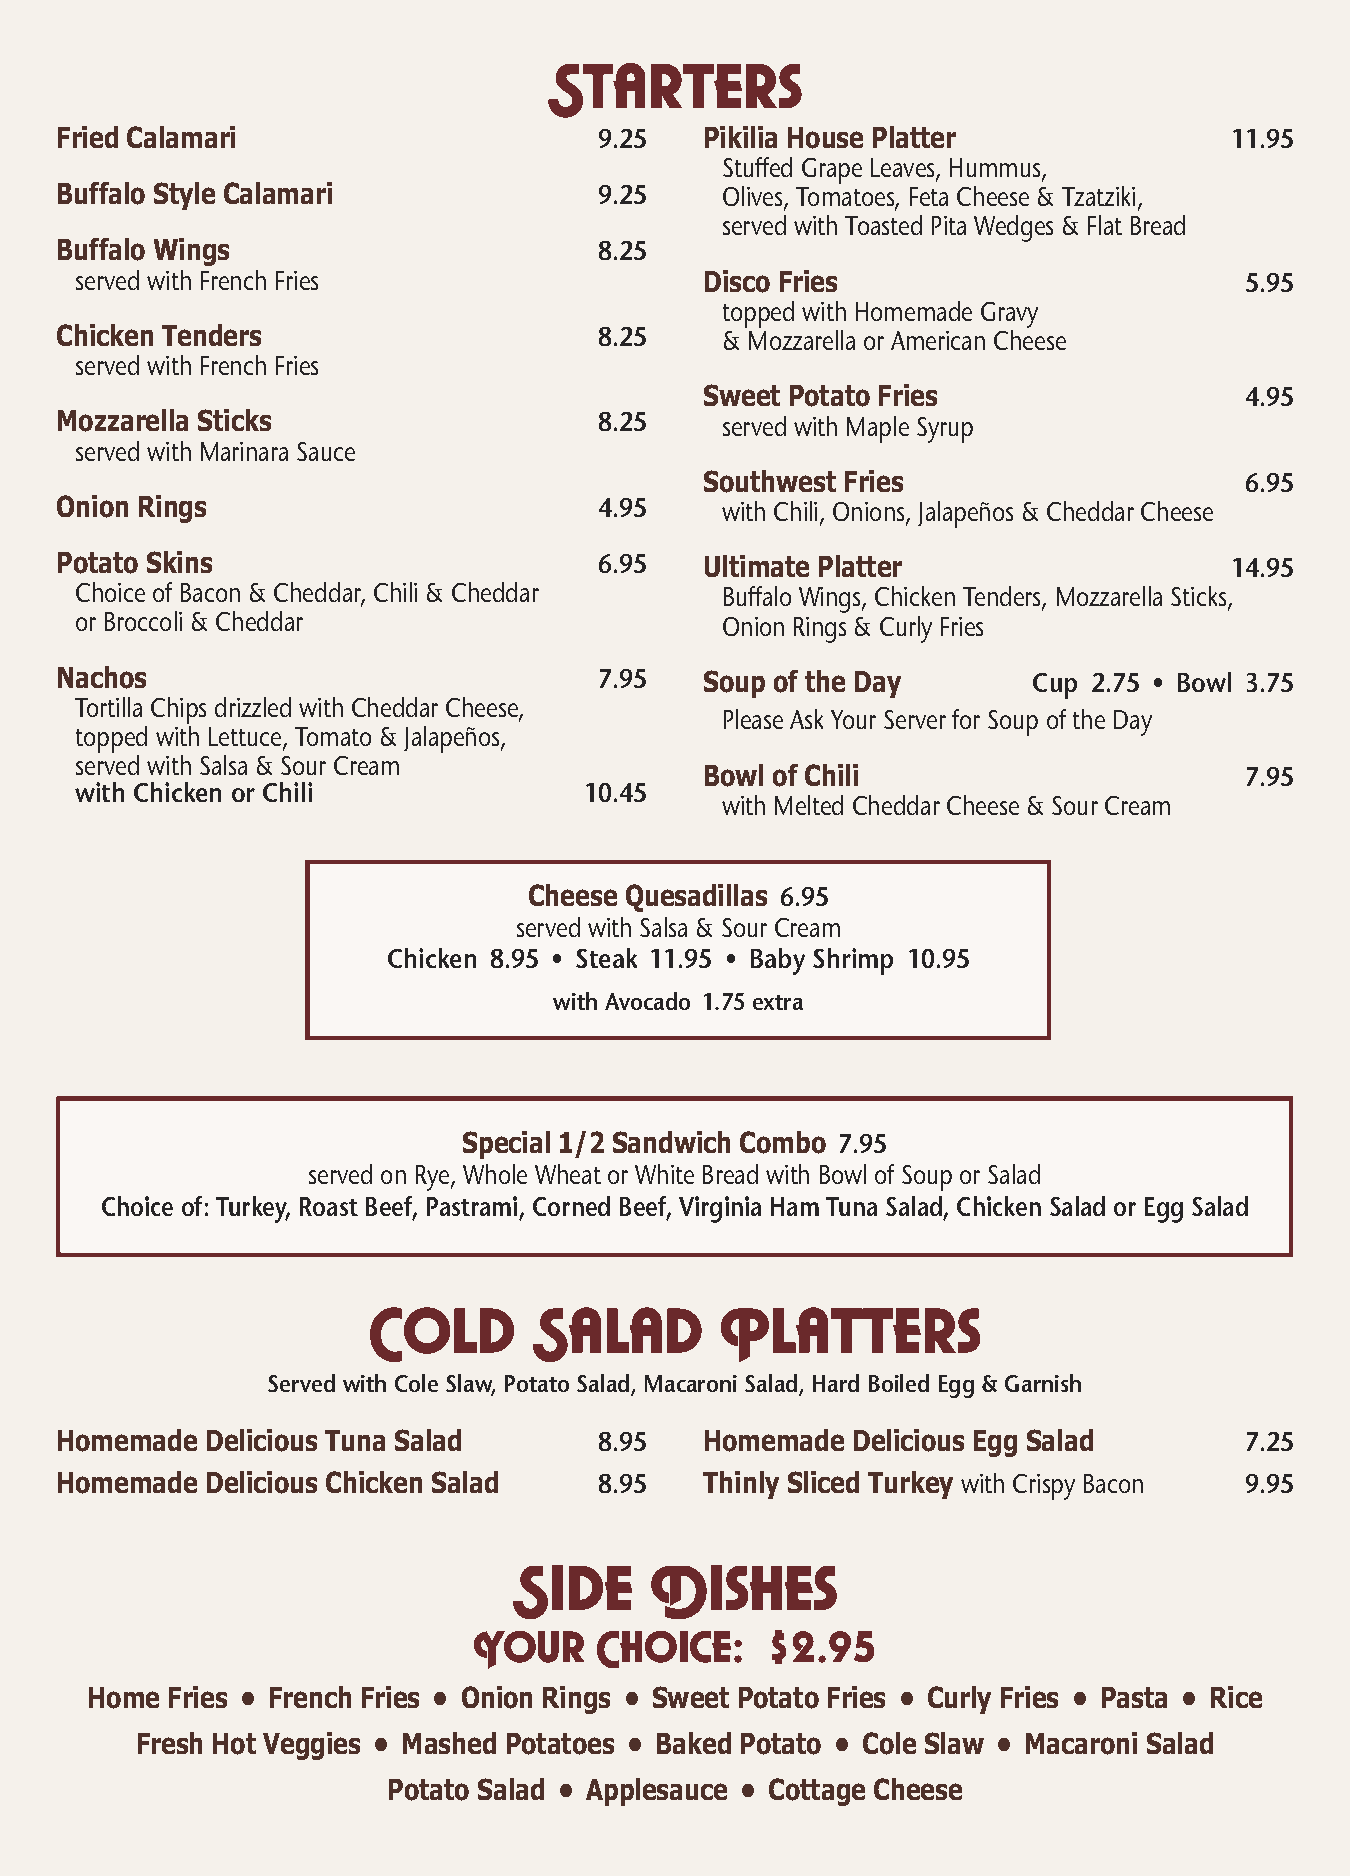
Starters
 Fried Calamari                      9.25   Pikilia House Platter             11.95
 Stuffed Grape Leaves, Hummus,
 Buffalo Style Calamari              9.25    Olives, Tomatoes, Feta Cheese & Tzatziki,
 served with Toasted Pita Wedges & Flat Bread
 Buffalo Wings                       8.25
 served with French Fries                  Disco Fries                        5.95
 topped with Homemade Gravy
 Chicken Tenders                     8.25    & Mozzarella or American Cheese
 served with French Fries
 Sweet Potato Fries                 4.95
 Mozzarella Sticks                   8.25    served with Maple Syrup
 served with Marinara Sauce
 Southwest Fries                    6.95
 Onion Rings                         4.95    with Chili, Onions, Jalapeños & Cheddar Cheese
 Potato Skins                        6.95   Ultimate Platter                  14.95
 Choice of Bacon & Cheddar, Chili & Cheddar Buffalo Wings, Chicken Tenders, Mozzarella Sticks,
 or Broccoli & Cheddar                      Onion Rings & Curly Fries
 Nachos                              7.95   Soup of the Day      Cup 2.75 • Bowl 3.75
 Tortilla Chips drizzled with Cheddar Cheese,
 Please Ask Your Server for Soup of the Day
 topped with Lettuce, Tomato & Jalapeños,
 served with Salsa & Sour Cream
 Bowl of Chili                      7.95
 with Chicken or Chili             10.45
 with Melted Cheddar Cheese & Sour Cream
 Cheese Quesadillas 6.95
 served with Salsa & Sour Cream
 Chicken 8.95 • Steak 11.95 • Baby Shrimp 10.95
 with Avocado 1.75 extra
 Special 1/2 Sandwich Combo 7.95
 served on Rye, Whole Wheat or White Bread with Bowl of Soup or Salad
 Choice of: Turkey, Roast Beef, Pastrami, Corned Beef, Virginia Ham Tuna Salad, Chicken Salad or Egg Salad
 Cold       Salad        Platters
 Served with Cole Slaw, Potato Salad, Macaroni Salad, Hard Boiled Egg & Garnish
 Homemade  Delicious Tuna Salad      8.95   Homemade Delicious Egg Salad       7.25
 Homemade  Delicious Chicken Salad   8.95   Thinly Sliced Turkey with Crispy Bacon 9.95
 Side     Dishes
 Your    Choice:     $2.95
 Home Fries • French Fries • Onion Rings • Sweet Potato Fries • Curly Fries • Pasta • Rice
 Fresh Hot Veggies • Mashed Potatoes • Baked Potato • Cole Slaw • Macaroni Salad
 Potato Salad • Applesauce • Cottage Cheese